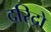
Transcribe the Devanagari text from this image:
दरिद्रो